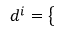
d ^ { i } = \left\{ \begin{array} { l l } { \begin{array} { r l r l } \end{array} } \end{array} \right.